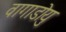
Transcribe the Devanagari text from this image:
वागाडोयु